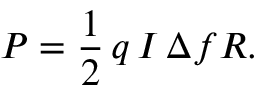
P = { \frac { 1 } { 2 } } \, q \, I \, \Delta f R .